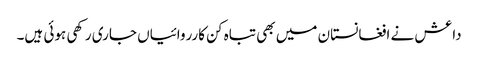
داعش نے افغانستان میں بھی تباہ کن کارروائیاں جاری رکھی ہوئی ہیں۔